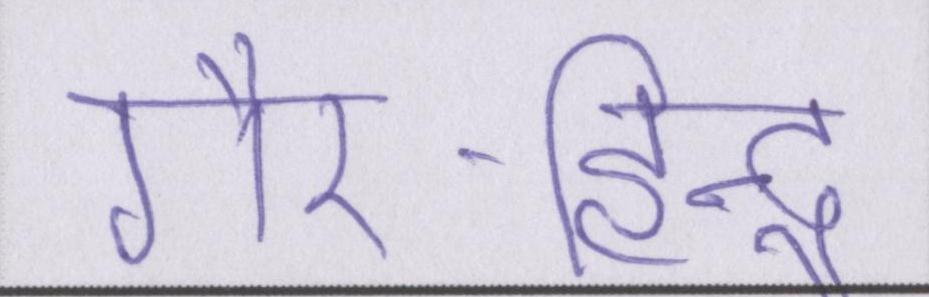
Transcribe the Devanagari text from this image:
गैर-हिन्दू